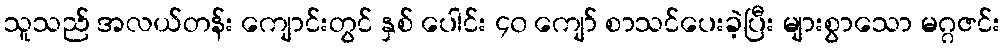
သူသည် အလယ်တန်း ကျောင်းတွင် နှစ် ပေါင်း ၄၀ ကျော် စာသင်ပေးခဲ့ပြီး များစွာသော မဂ္ဂဇင်း